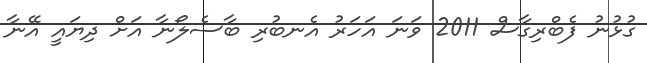
ގުޅުނު ފެބްރިގާސް 2011 ވަނަ އަހަރު އެނބުރި ބާސެލޯނާ އަށް ދިޔައީ އޭނާ